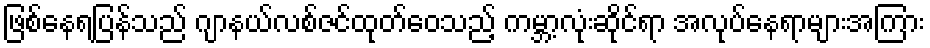
ဖြစ်နေရပြန်သည် ဂျာနယ်လစ်ဇင်ထုတ်ဝေသည့် ကမ္ဘာ့လုံးဆိုင်ရာ အလုပ်နေရာများအကြား